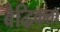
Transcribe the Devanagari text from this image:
बैद्धिकता